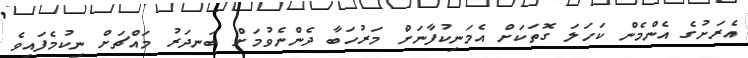
އެރަށުގެ އެންމެން ކަހަލަ ގޮތަކަށް އެމަނިކުފާނަށް މަރުހަބާ ދެންނެވުމަށް ބަނދަރު މައްޗަށް ނިކުމެފައިވެ